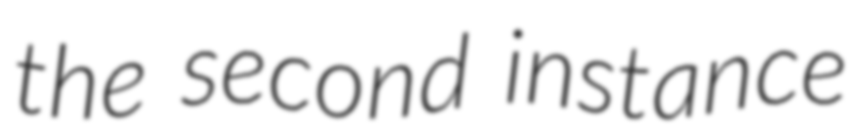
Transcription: the second instance